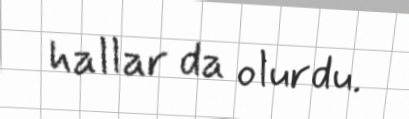
hallar da olurdu.